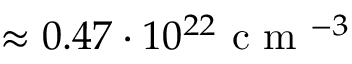
\approx 0 . 4 7 \cdot 1 0 ^ { 2 2 } \mathrm { ~ c ~ m ~ } ^ { - 3 }